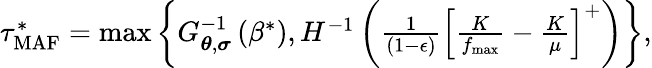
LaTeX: \begin{array}{r}{\tau_{\mathrm{MAF}}^{*}=\operatorname*{max}\left\{ G_{\boldsymbol{\theta},\boldsymbol{\sigma}}^{-1}\left(\beta^{*}\right),H^{-1}\left(\frac{1}{(1-\epsilon)}\left[\frac{K}{f_{\operatorname*{max}}}-\frac{K}{\mu}\right]^{+}\right)\right\} ,}\end{array}